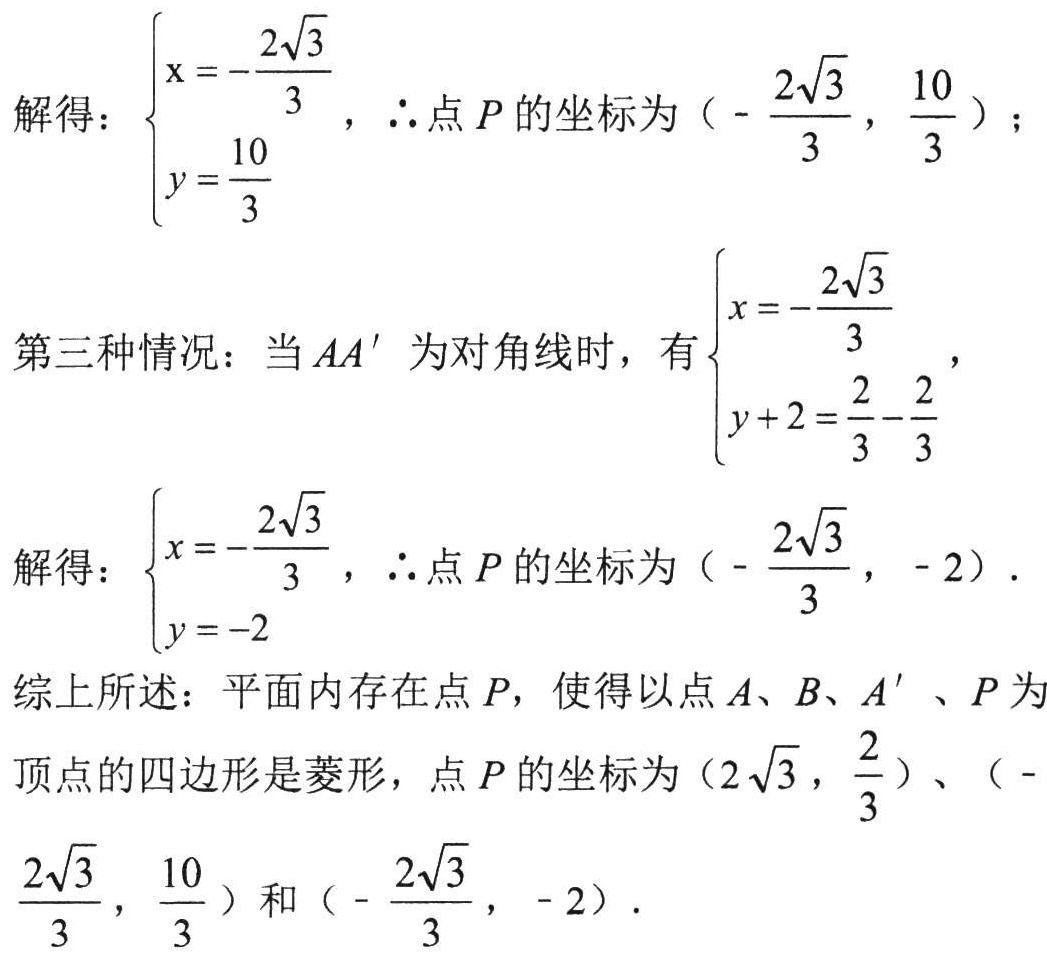
解得：\(\begin{cases}
x = -\frac{2\sqrt{3}}{3}\\
y = \frac{10}{3}
\end{cases}\) ，\(\therefore\)点\(P\)的坐标为\((-\frac{2\sqrt{3}}{3},\frac{10}{3})\)；

第三种情况：当\(AA'\)为对角线时，有\(\begin{cases}
x = -\frac{2\sqrt{3}}{3}\\
y + 2=\frac{2}{3}-\frac{2}{3}
\end{cases}\)，

解得：\(\begin{cases}
x = -\frac{2\sqrt{3}}{3}\\
y = - 2
\end{cases}\) ，\(\therefore\)点\(P\)的坐标为\((-\frac{2\sqrt{3}}{3},-2)\)．

综上所述：平面内存在点\(P\)，使得以点\(A、B、A'、P\)为顶点的四边形是菱形，点\(P\)的坐标为\((2\sqrt{3},\frac{2}{3})\)、\((-\frac{2\sqrt{3}}{3},\frac{10}{3})\)和\((-\frac{2\sqrt{3}}{3},-2)\)．